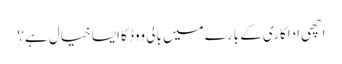
اچھی اداکاری کے بارے میں بالی ووڈ کا ایسا خیال ہے؟